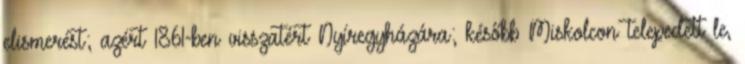
elismerést; azért 1861-ben visszatért Nyíregyházára; később Miskolcon telepedett le,